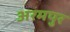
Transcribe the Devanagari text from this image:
अरमपुर